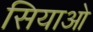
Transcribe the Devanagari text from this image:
सियाओ